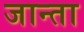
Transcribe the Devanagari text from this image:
जान्ता